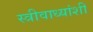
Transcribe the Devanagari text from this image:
स्त्रीवाध्यांशी